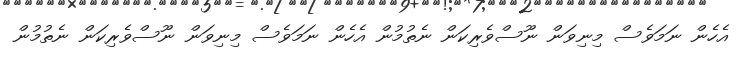
އެހެން ނަމަވެސް މިނިވަން ނޫސްވެރިކަން ނެތުމުން އެހެން ނަމަވެސް މިނިވަން ނޫސްވެރިކަން ނެތުމުން